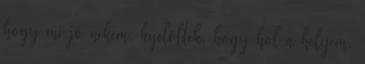
hogy mi jó nekem, kijelölték, hogy hol a helyem,